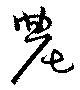
農